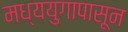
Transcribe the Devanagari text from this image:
मध्ययुगापासून